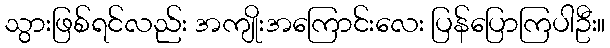
သွားဖြစ်ရင်လည်း အကျိုးအကြောင်းလေး ပြန်ပြောကြပါဦး။